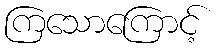
ကြသောကြောင့်